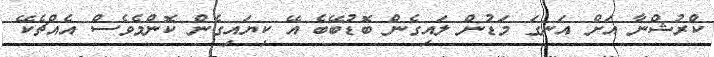
ކްރުޝްނާ އަށް އަނގަ މަޑުން ލައިގެން ބޮޑުބޭބެ އޭ ކިޔައިގެން ކޮންމެވެސް އެއްޗެކޭ